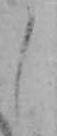
し